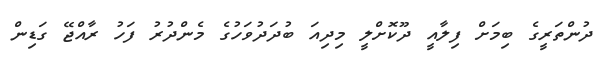
ދުންތަރީގެ ބިމަށް ފިލާއީ ދޫކޮށްލީ މިދިއަ ބުދަދުވަހުގެ މެންދުރު ފަހު ރާއްޖޭ ގަޑިން